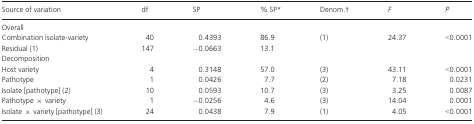
<table><thead><tr><td><b>Source of variation</b></td><td><b>df</b></td><td><b>SP</b></td><td><b>% SP*</b></td><td><b>Denom.†</b></td><td><b><i>F</i></b></td><td><b><i>P</i></b></td></tr></thead><tbody><tr><td colspan="7">Overall</td></tr><tr><td>Combination isolate-variety</td><td>40</td><td>0.4393</td><td>86.9</td><td>(1)</td><td>24.37</td><td>&lt;0.0001</td></tr><tr><td>Residual (1)</td><td>147</td><td>−0.0663</td><td>13.1</td><td></td><td></td><td></td></tr><tr><td colspan="7">Decomposition</td></tr><tr><td>Host variety</td><td>4</td><td>0.3148</td><td>57.0</td><td>(3)</td><td>43.11</td><td>&lt;0.0001</td></tr><tr><td>Pathotype</td><td>1</td><td>0.0426</td><td>7.7</td><td>(2)</td><td>7.18</td><td>0.0231</td></tr><tr><td>Isolate [pathotype] (2)</td><td>10</td><td>0.0593</td><td>10.7</td><td>(3)</td><td>3.25</td><td>0.0087</td></tr><tr><td>Pathotype × variety</td><td>1</td><td>−0.0256</td><td>4.6</td><td>(3)</td><td>14.04</td><td>0.0001</td></tr><tr><td>Isolate × variety [pathotype] (3)</td><td>24</td><td>0.0438</td><td>7.9</td><td>(1)</td><td>4.05</td><td>&lt;0.0001</td></tr></tbody></table>